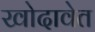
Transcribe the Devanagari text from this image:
खोदावेत